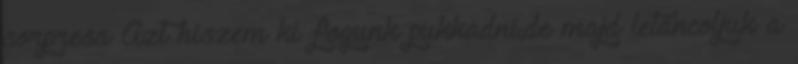
sorpresa Azt hiszem ki fogunk pukkadni,de majd letáncoljuk a